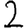
Digit: 2